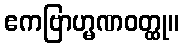
ဧကဗြာဟ္မဏဝတ္ထု။